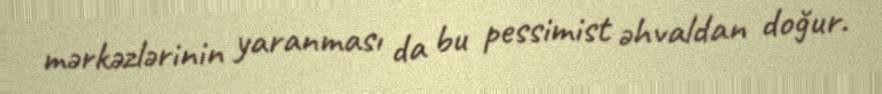
mərkəzlərinin yaranması da bu pessimist əhvaldan doğur.